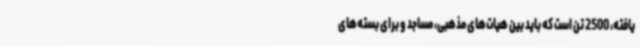
یافته، 2500 تن است که باید بین هیات‌های مذهبی، مساجد و برای بسته‌های